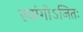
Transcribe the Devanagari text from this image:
स्वांगोऽजितः